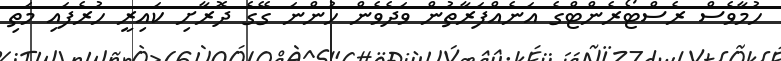
ހުމާވެސް ރެސްޓޯރެންޓްގެ އަނެއްފަރާތުން ވަދެވެން ހުންނަ ގޭގެ ދޮރާށި ކައިރީ ހުރެފައި މަތި